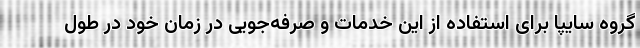
گروه سایپا برای استفاده از این خدمات و صرفه‌جویی در زمان خود در طول